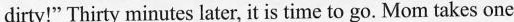
dirty!" Thirty minutes later, it is time to go. Mom takes one